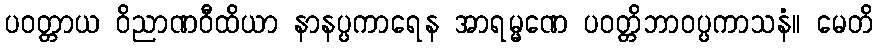
ပဝတ္တာယ ဝိညာဏဝီထိယာ နာနပ္ပကာရေန အာရမ္မဏေ ပဝတ္တိဘာဝပ္ပကာသနံ။ မေတိ